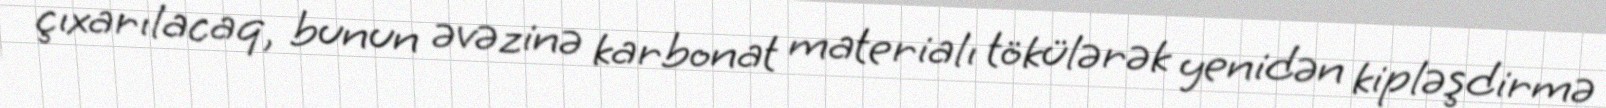
çıxarılacaq, bunun əvəzinə karbonat materialı tökülərək yenidən kipləşdirmə